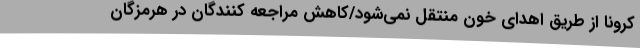
کرونا از طریق اهدای خون منتقل نمی‌شود/کاهش مراجعه کنندگان در هرمزگان